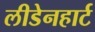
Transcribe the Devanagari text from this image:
लीडेनहार्ट